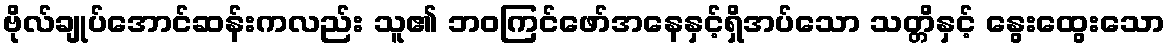
ဗိုလ်ချုပ်အောင်ဆန်းကလည်း သူ၏ ဘဝကြင်ဖော်အနေနှင့်ရှိအပ်သော သတ္တိနှင့် နွေးထွေးသော